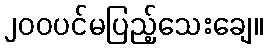
၂၀၀ပင်မပြည့်သေးချေ။